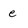
Character: e